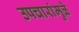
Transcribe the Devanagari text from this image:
उपचारांमुळे